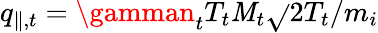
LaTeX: q_{\parallel,t}=\gamman_{t}T_{t}\mathit{M}_{t}\sqrt{}{{2T_{t}/m_{i}}}